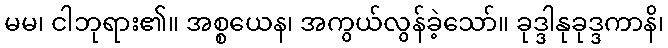
မမ၊ ငါဘုရား၏။ အစ္စယေန၊ အကွယ်လွန်ခဲ့သော်။ ခုဒ္ဒါနုခုဒ္ဒကာနိ၊